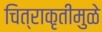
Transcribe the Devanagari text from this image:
चित्राकृतीमुळे